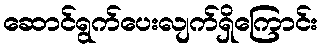
ဆောင်ရွက်ပေးလျက်ရှိကြောင်း